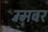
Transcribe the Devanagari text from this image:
रॅमवर